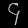
Digit: ၄